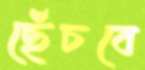
ছেঁচবে